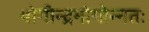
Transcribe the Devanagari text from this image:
भोगीन्द्रभोगोन्नतः